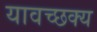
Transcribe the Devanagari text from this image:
यावच्छक्य